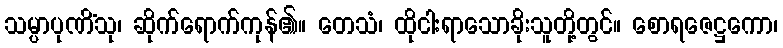
သမ္ပာပုဏိံသု၊ ဆိုက်ရောက်ကုန်၏။ တေသံ၊ ထိုငါးရာသောခိုးသူတို့တွင်။ စောရဇေဋ္ဌကော၊